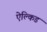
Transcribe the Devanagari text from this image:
ऐल्किड